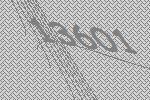
13601